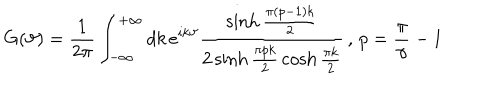
G ( \vartheta ) = \frac { 1 } { 2 \pi } \int _ { - \infty } ^ { + \infty } d k \, e ^ { i k \vartheta } \frac { \sinh \frac { \pi ( p - 1 ) k } { 2 } } { 2 \sinh \frac { \pi p k } { 2 } \, \cosh \frac { \pi k } { 2 } } \, , \, p = \frac { \pi } { \gamma } - 1